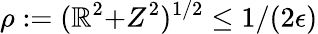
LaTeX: \rho:=(\mathbb{R}^{2}{+}Z^{2})^{1/2}\le1/(2\epsilon)